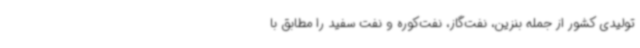
تولیدی کشور از جمله بنزین، نفت‌گاز، نفت‌کوره و نفت سفید را مطابق با